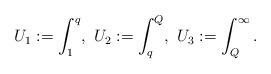
LaTeX: \begin{align*}U_1:=\int_1^q,~U_2:=\int_q^Q,~U_3:=\int_Q^{\infty}.\end{align*}